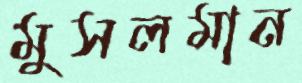
মুসলমান